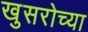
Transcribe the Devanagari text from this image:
खुसरोच्या